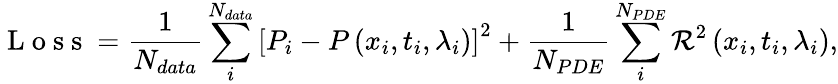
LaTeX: \mathrm{~L~o~s~s~}=\frac{1}{N_{data}}\sum_{i}^{N_{data}}\left[P_{i}-P\left(x_{i},t_{i},\lambda_{i}\right)\right]^{2}+\frac{1}{N_{PDE}}\sum_{i}^{N_{PDE}}\mathcal{R}^{2}\left(x_{i},t_{i},\lambda_{i}\right),